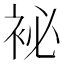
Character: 袐